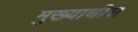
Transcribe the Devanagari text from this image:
मुख्याधीश